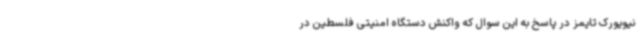
نیویورک تایمز در پاسخ به این سوال که واکنش دستگاه امنیتی فلسطین در